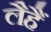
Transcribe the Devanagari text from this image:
लैहैं